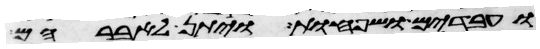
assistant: ועבדים ושפחות ויתן לאברהם